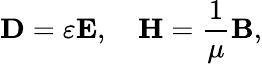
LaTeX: \mathbf{D}=\varepsilon\mathbf{E},\quad\mathbf{H}={\frac{1}{\mu}}\mathbf{B},